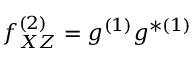
f _ { X Z } ^ { ( 2 ) } = g ^ { ( 1 ) } g ^ { \ast ( 1 ) } \,